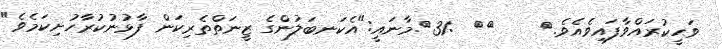
ވަޙީކުރައްވާފައިވެއެވެ.{    }{  :31}.މާނައީ:"އެކަނބަލުންގެ ޒީނަތްތެރިކަން ފާޅުނުކުރާހުށިކަމެވެ"